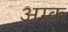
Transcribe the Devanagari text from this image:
अम्क